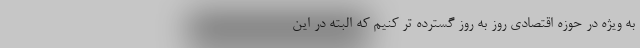
به ویژه در حوزه اقتصادی روز به روز گسترده تر کنیم که البته در این